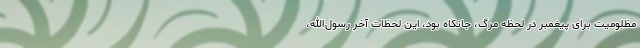
مظلومیت برای پیغمبر در لحظه مرگ، جانکاه بود، این لحظات آخر رسول‌الله،